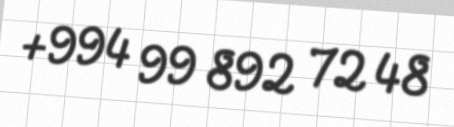
+994 99 892 72 48